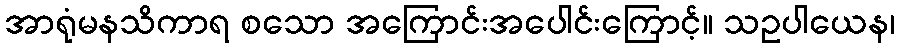
အာရုံမနသိကာရ စသော အကြောင်းအပေါင်းကြောင့်။ သဥပါယေန၊